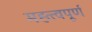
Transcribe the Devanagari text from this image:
मह्त्त्वपूर्ण